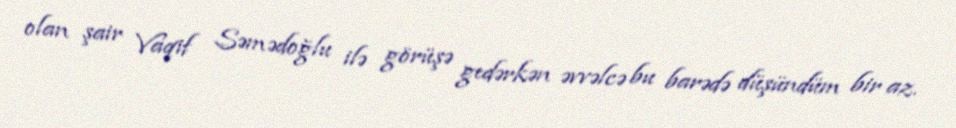
olan şair Vaqif Səmədoğlu ilə görüşə gedərkən əvvəlcə bu barədə düşündüm bir az.